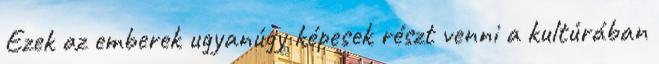
Ezek az emberek ugyanúgy képesek részt venni a kultúrában